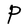
Character: P